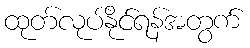
ထုတ်လုပ်နိုင်ရန်အတွက်